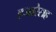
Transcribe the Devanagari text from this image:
हजारेसह